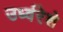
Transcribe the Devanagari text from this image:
उर्ध्वरेशे